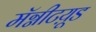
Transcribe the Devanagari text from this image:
मॅग्नीटय़ूड